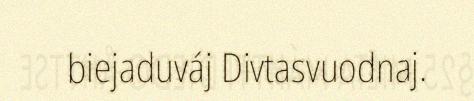
biejaduváj Divtasvuodnaj.